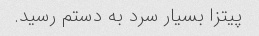
پیتزا بسیار سرد به دستم رسید.